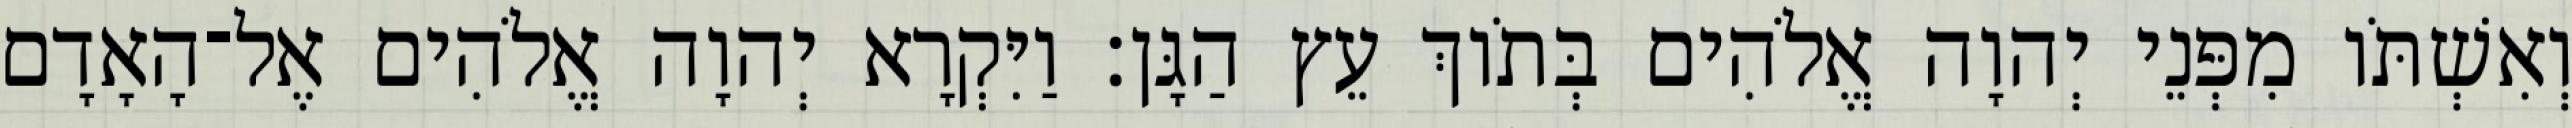
וְאִשְׁתֹּו מִפְּנֵי יְהוָה אֱלֹהִים בְּתֹוךְ עֵץ הַגָּן׃ וַיִּקְרָא יְהוָה אֱלֹהִים אֶל־הָאָדָם